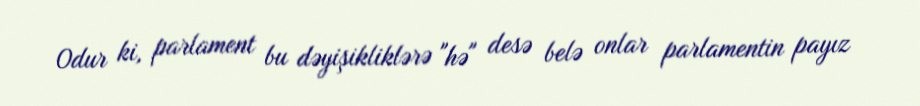
Odur ki, parlament bu dəyişikliklərə "hə" desə belə onlar parlamentin payız